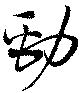
勁